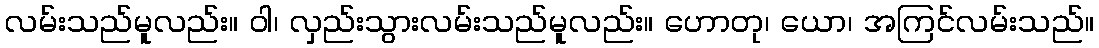
လမ်းသည်မူလည်း။ ဝါ၊ လှည်းသွားလမ်းသည်မူလည်း။ ဟောတု၊ ယော၊ အကြင်လမ်းသည်။